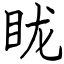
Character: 眬